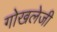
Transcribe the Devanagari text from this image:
गोखलेजी